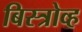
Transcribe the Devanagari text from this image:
बिस्त्रोव्ह